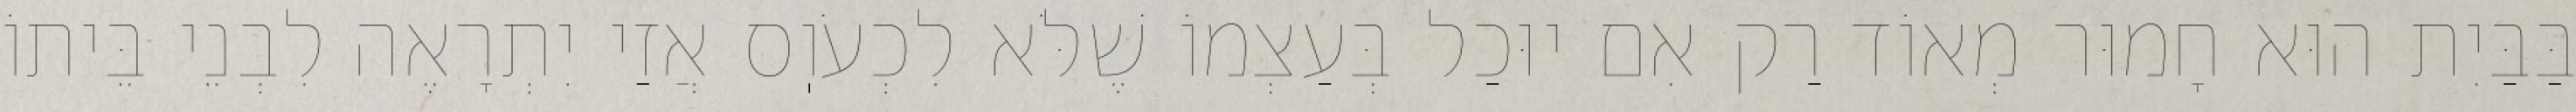
בַּבַּיִת הוּא חָמוּר מְאוֹד רַק אִם יוּכַל בְּעַצְמוֹ שֶׁלֹּא לִכְעֹוֽס אֲזַי יִתְרָאֶה לִבְנֵי בֵּיתוֹ